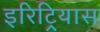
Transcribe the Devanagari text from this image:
इरिट्रियास